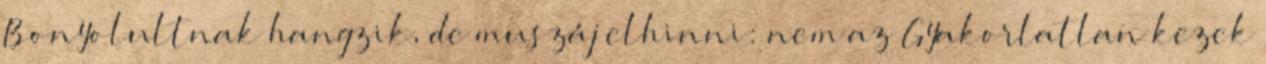
Bonyolultnak hangzik, de muszáj elhinni: nem az Gyakorlatlan kezek